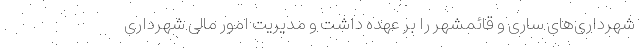
شهرداری‌های ساری و قائمشهر را بر عهده داشت و مدیریت امور مالی شهرداری